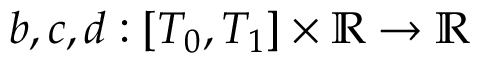
b , c , d : [ T _ { 0 } , T _ { 1 } ] \times \mathbb { R } \rightarrow \mathbb { R }